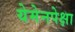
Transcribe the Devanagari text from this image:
येमेनपेक्षा